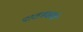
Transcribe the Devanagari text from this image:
पाठबळाचे